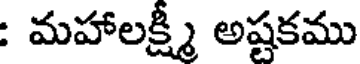
: మహాలక్ష్మీ అష్టకము